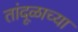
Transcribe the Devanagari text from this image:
तांदूळाच्या